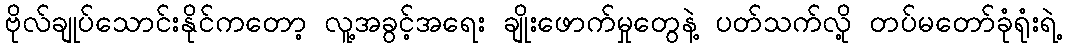
ဗိုလ်ချုပ်သောင်းနိုင်ကတော့ လူ့အခွင့်အရေး ချိုးဖောက်မှုတွေနဲ့ ပတ်သက်လို့ တပ်မတော်ခုံရုံးရဲ့